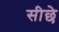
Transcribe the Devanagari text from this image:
सीछे